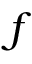
f